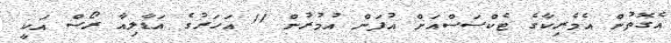
އެގޮތުން އެމެރިކާގެ ޓެކްސަސްއަށް އުފަން އުމުރުން 11 އަހަރުގެ އަޑާލިއާ ރޯސް އަކީ